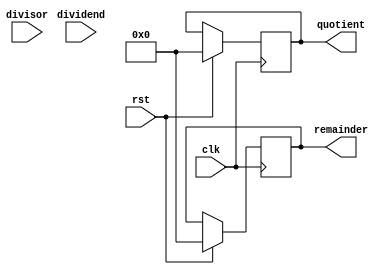
module NonRestoringDivider (
  input wire clk,
  input wire rst,
  input wire [31:0] dividend,
  input wire [31:0] divisor,
  output reg [31:0] quotient,
  output reg [31:0] remainder
);

reg [31:0] dividend_reg;
reg [31:0] remainder_reg;
reg [31:0] quotient_reg;
reg [2:0] state;

always @(posedge clk) begin
  if (rst) begin
    state <= 3'b000;
    quotient <= 32'd0;
    remainder <= 32'd0;
    dividend_reg <= dividend;
    remainder_reg <= 32'd0;
  end else begin
    case(state)
      3'b000: begin
        // Initialization state
        if (dividend_reg[31] == 1'b1) begin
          remainder_reg = divisor - dividend_reg;
          state <= 3'b001;
        end else begin
          remainder_reg = dividend_reg;
          state <= 3'b010;
        end
      end
      3'b001: begin
        // Subtraction state
        if (remainder_reg[31] == 1'b1) begin
          remainder_reg = remainder_reg + divisor;
          quotient_reg = quotient_reg << 1;
        end else begin
          remainder_reg = remainder_reg;
          quotient_reg = quotient_reg << 1;
          quotient_reg[0] = 1'b1;
        end
        
        state <= 3'b001;
      end
      3'b010: begin
        // Shifting state
        reminder_reg = remainder_reg << 1;
        quotient_reg = quotient_reg << 1;
        state <= 3'b011;
      end
      3'b011: begin
        // Normalization state
        if (remainder_reg >= 0) begin
          remainder_reg = remainder_reg - divisor;
          quotient_reg[0] = 1'b1;
        end else begin
          remainder_reg = divider_reg;
          quotient_reg[0] = 1'b0;
        end
        state <= 3'b010;
      end
    endcase
  end
end

endmodule